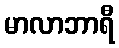
မာလာဘာရီ